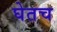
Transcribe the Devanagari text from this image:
घेतच